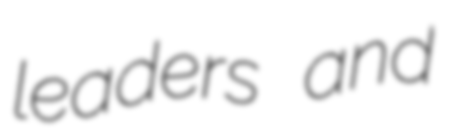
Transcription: leaders and